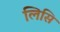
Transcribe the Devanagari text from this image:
लिसि